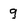
Character: 9